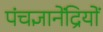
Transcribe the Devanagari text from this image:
पंचज्ञानेंद्रियों